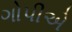
ગોપીએ